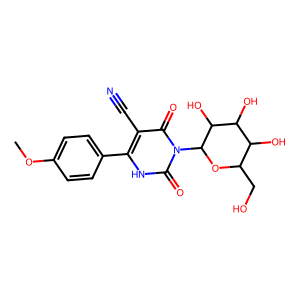
SMILES: COc1ccc(-c2[nH]c(=O)n(C3OC(CO)C(O)C(O)C3O)c(=O)c2C#N)cc1
Inhibits HIV replication: No